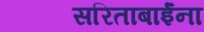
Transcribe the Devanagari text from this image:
सरिताबाईंना